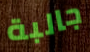
جالبة